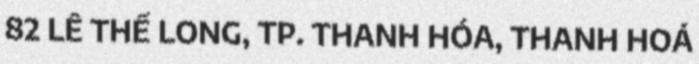
82 LÊ THẾ LONG, TP. THANH HÓA, THANH HOÁ